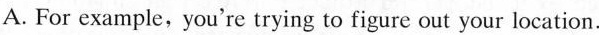
A. For example, you're trying to figure out your location.